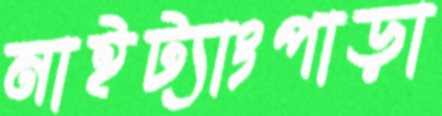
নাইট্যাংপাড়া